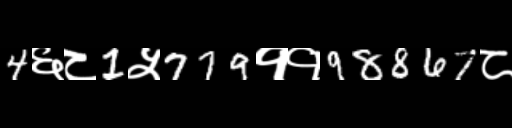
Text: 4६८1५779११98867८